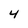
Character: 4